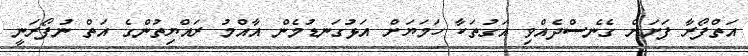
އަތްފޯރާ ފަށަށް ގެނެސްދެއްވި އަގުތަކާ ހަމަޔަށް އަޅުގަނޑުމެން އާއްމު ރައްޔިތުންގެ އަތް ނުފޯރަނީ